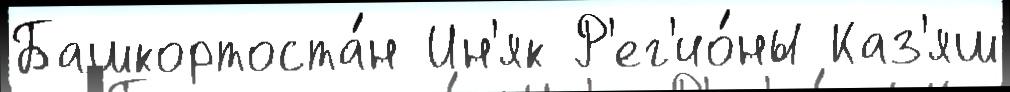
Башкортоста́н Ин'як Р'ег'ио́ны Каз'яш